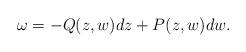
LaTeX: \begin{align*}\omega=-Q(z,w)dz+P(z,w)dw .\end{align*}